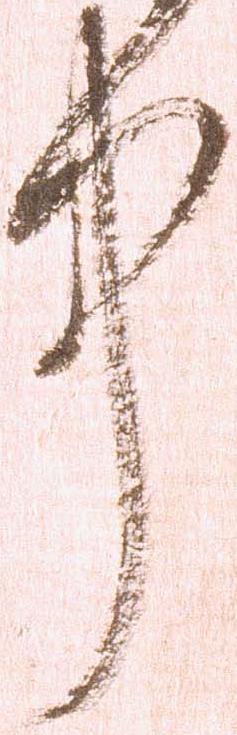
中